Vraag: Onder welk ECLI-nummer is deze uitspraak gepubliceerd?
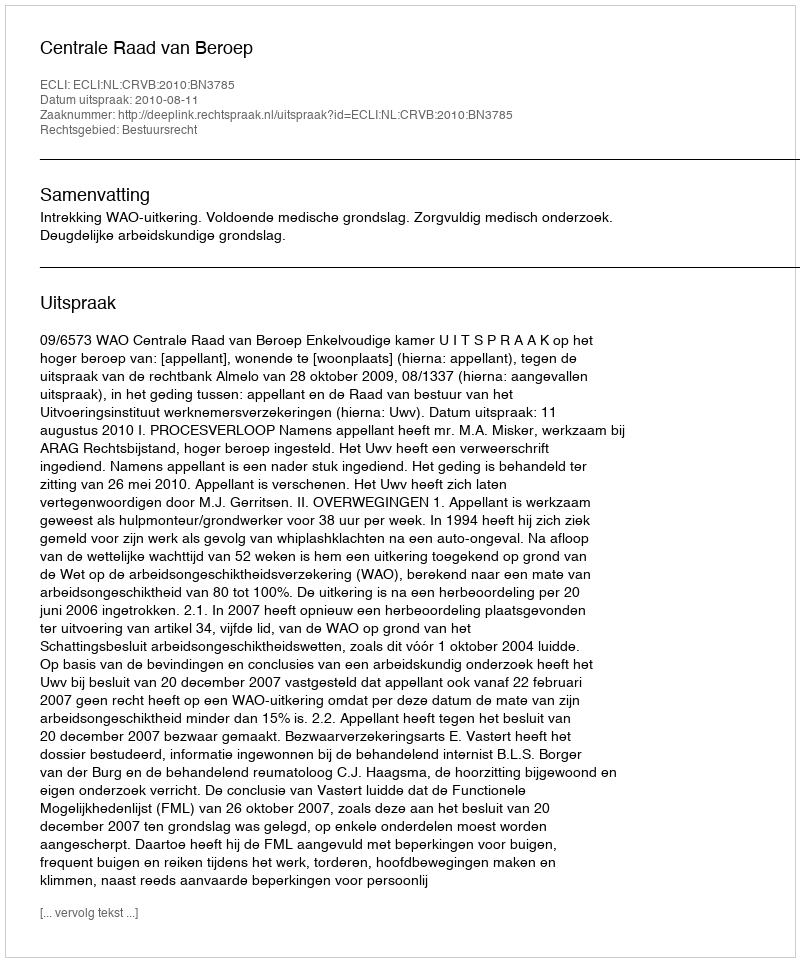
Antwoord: ECLI:NL:CRVB:2010:BN3785